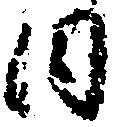
内